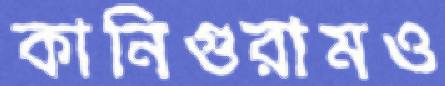
কানিগুরামও